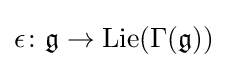
\epsilon \colon {\mathfrak {g}}\rightarrow \operatorname {Lie} (\Gamma ({\mathfrak {g}}))